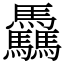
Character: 驫